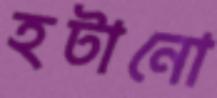
হটানো